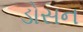
ડોસન